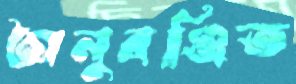
অনুরঞ্জিত